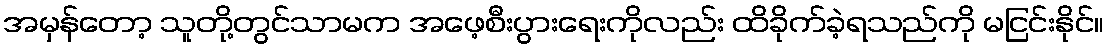
အမှန်တော့ သူတို့တွင်သာမက အဖေ့စီးပွားရေးကိုလည်း ထိခိုက်ခဲ့ရသည်ကို မငြင်းနိုင်။